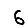
Digit: 6